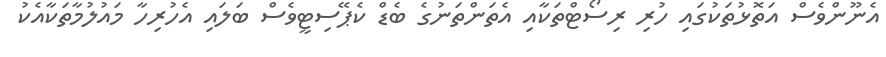
އެނޫންވެސް އަތޮޅުތަކުގައި ހުރި ރިސޯޓްތަކާއި އެތަންތަނުގެ ބެޑް ކެޕޭސިޓީވެސް ބަލައި އެހުރިހާ މައުލުމާތަކާއެކު